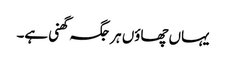
یہاں چھاوٴں ہر جگہ گھنی ہے۔